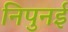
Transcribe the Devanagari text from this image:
निपुनई